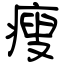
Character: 瘦